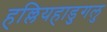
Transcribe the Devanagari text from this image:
हल्लियहाडुगलु